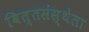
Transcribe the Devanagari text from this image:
वित्तसंस्थेला